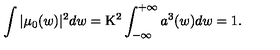
\int | \mu _ { 0 } ( w ) | ^ { 2 } d w = \mathrm { K } ^ { 2 } \int _ { - \infty } ^ { + \infty } a ^ { 3 } ( w ) d w = 1 .